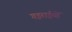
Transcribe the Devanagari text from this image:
गइराईयों